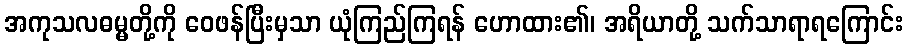
အကုသလဓမ္မတို့ကို ဝေဖန်ပြီးမှသာ ယုံကြည်ကြရန် ဟောထား၏၊ အရိယာတို့ သက်သာရာရကြောင်း